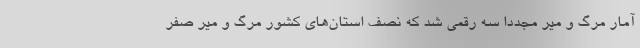
آمار مرگ و میر مجددا سه رقمی شد که نصف استان‌های کشور مرگ و میر صفر